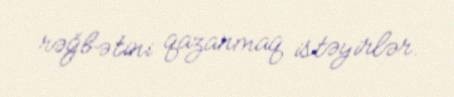
rəğbətini qazanmaq istəyirlər.